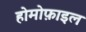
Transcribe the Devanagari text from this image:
होमोफ़ाइल